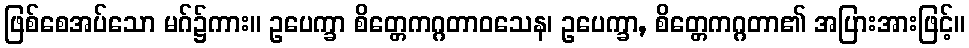
ဖြစ်စေအပ်သော မဂ်၌ကား။ ဥပေက္ခာ စိတ္တေကဂ္ဂတာဝသေန၊ ဥပေက္ခာ, စိတ္တေကဂ္ဂတာ၏ အပြားအားဖြင့်။